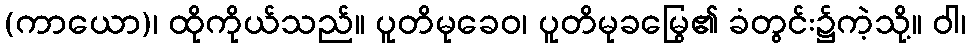
(ကာယော)၊ ထိုကိုယ်သည်။ ပူတိမုခေဝ၊ ပူတိမုခမြွေ၏ ခံတွင်း၌ကဲ့သို့။ ဝါ၊